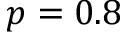
p = 0 . 8